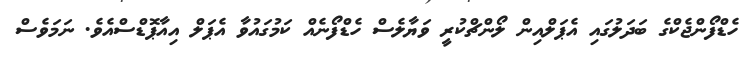
ހެޑްފޯންޖެކްގެ ބަދަލުގައި އެޕަލްއިން ލޯންޗްކުރީ ވަޔާލެސް ހެޑްފޯނެއް ކަމުގައުވާ އެޕަލް އިއާޕޮޑްސްއެވެ. ނަމަވެސް